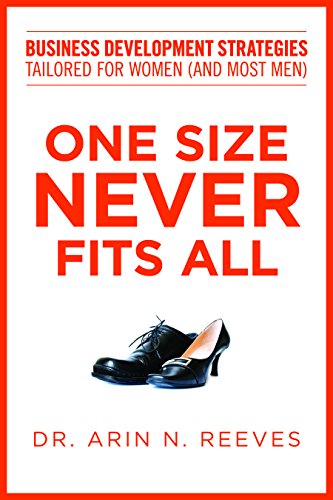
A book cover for One Size Never Fits All: Business Development Strategies Tailored for Women (And Most Men); Arin N. Reeves; Law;